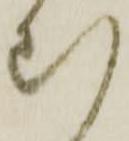
む